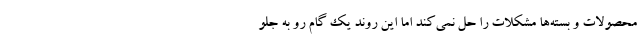
محصولات و بسته‌ها مشکلات را حل نمی‌کند اما این روند یک گام رو به جلو